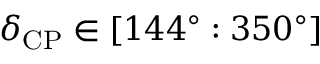
\delta _ { \mathrm { C P } } \in [ 1 4 4 ^ { \circ } : 3 5 0 ^ { \circ } ]